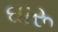
ઘારૂ